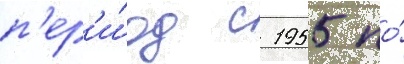
п'ер'и́од с 1955 по́